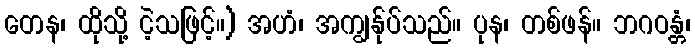
တေန၊ ထိုသို့ ငဲ့သဖြင့်။) အဟံ၊ အကျွန်ုပ်သည်။ ပုန၊ တစ်ဖန်။ ဘဂဝန္တံ၊